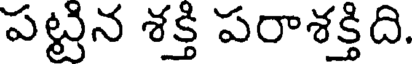
పట్టిన శక్తి పరాశక్తిది.